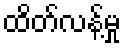
ထိတ်လန့်မှု